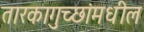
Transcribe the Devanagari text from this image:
तारकागुच्छांमधील